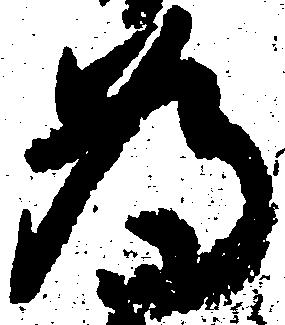
為